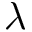
\lambda